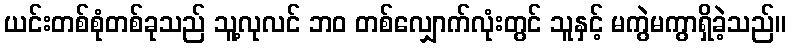
ယင်းတစ်စုံတစ်ခုသည် သူ့လုလင် ဘဝ တစ်လျှောက်လုံးတွင် သူနှင့် မကွဲမကွာရှိခဲ့သည်။